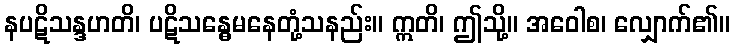
နပဋိသန္ဒဟတိ၊ ပဋိသန္ဓေမနေတုံ့သနည်း။ ဣတိ၊ ဤသို့။ အဝေါစ၊ လျှောက်၏။